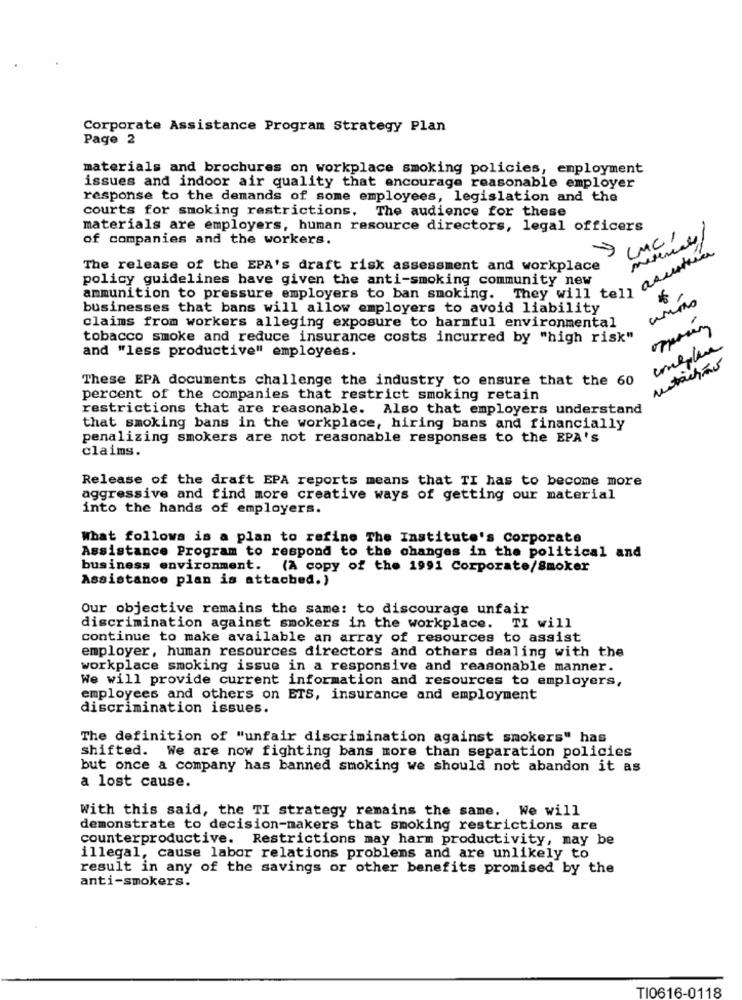
Corporate Assistance Program Strategy Plan
Page 2
materials and brochures on workplace smoking policies, employment
issues and indoor air quality that encourage reasonable employer
response to the demands of some employees, legislation and the
courts for smoking restrictions. The audience for these
materials are employers, human resource directors, legal officers
of companies and the workers.
LMCI
The release of the EPA's draft risk assessment and workplace
policy guidelines have given the anti-smoking community new
ammunition to pressure employers to ban smoking. They will tell
businesses that bans will allow employers to avoid liability
claims from workers alleging exposure to harmful environmental
tobacco smoke and reduce insurance costs incurred by "high risk"
and "less productive" employees.
These EPA documents challenge the industry to ensure that the 60
percent of the companies that restrict smoking retain
restrictions that are reasonable. Also that employers understand
that smoking bans in the workplace, hiring bans and financially
penalizing smokers are not reasonable responses to the EPA's
claims.
Release of the draft EPA reports means that TI has to become more
aggressive and find more creative ways of getting our material
into the hands of employers.
What follows is a plan to refine The Institute's Corporate
Assistance Program to respond to the changes in the political and
business environment.
(A copy of the 1991 Corporate/Smoker
Assistance plan is attached.)
Our objective remains the same: to discourage unfair
discrimination against smokers in the workplace. TI will
continue to make available an array of resources to assist
employer, human resources directors and others dealing with the
workplace smoking issue in a responsive and reasonable manner.
We will provide current information and resources to employers,
employees and others on ETS, insurance and employment
discrimination issues.
The definition of "unfair discrimination against smokers" has
shifted. We are now fighting bans more than separation policies
but once a company has banned smoking we should not abandon it as
a lost cause.
With this said, the TI strategy remains the same. We will
demonstrate to decision-makers that smoking restrictions are
counterproductive. Restrictions may harm productivity, may be
illegal, cause labor relations problems and are unlikely to
result in any of the savings or other benefits promised by the
anti-smokers.
TI0616-0118